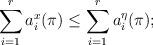
LaTeX: \begin{align*}\sum\limits_{i=1}^r a_i^x(\pi )\le \sum\limits_{i=1}^r a_i^\eta (\pi );\end{align*}